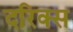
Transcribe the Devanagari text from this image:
दरिक्स